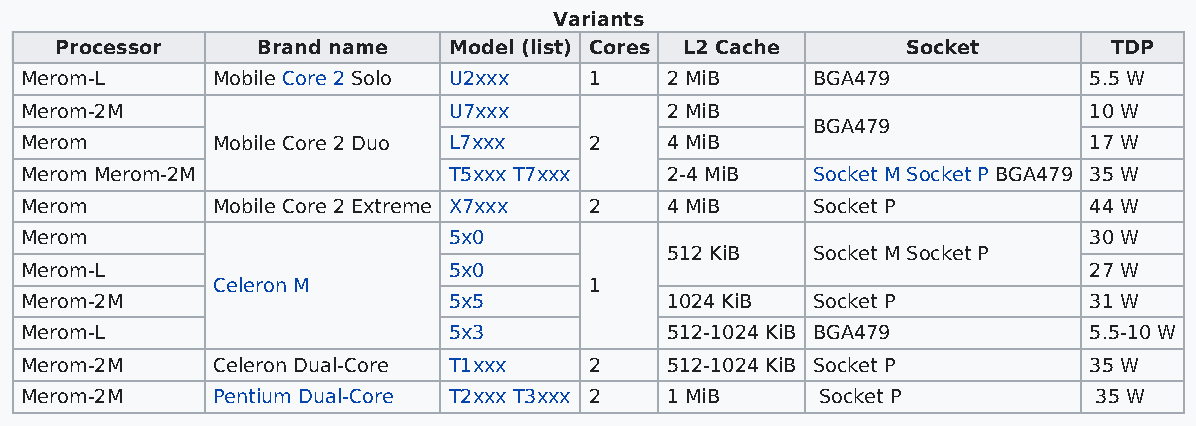
Variants
 Processor    Brand name   Model (list) Cores L2 Cache   Socket        TDP
 Merom-L      Mobile Core 2 Solo U2xxx 1    2 MiB     BGA479            5.5 W
 Merom-2M                     U7xxx         2 MiB                       10 W
 BGA479
 Merom        Mobile Core 2 Duo L7xxx  2    4 MiB                       17 W
 Merom Merom-2M               T5xxx T7xxx   2-4 MiB   Socket M Socket P BGA479 35 W
 Merom        Mobile Core 2 Extreme X7xxx 2 4 MiB     Socket P          44 W
 Merom                        5x0                                       30 W
 512 KiB   Socket M Socket P
 Merom-L                      5x0                                       27 W
 Celeron M                1
 Merom-2M                     5x5           1024 KiB  Socket P          31 W
 Merom-L                      5x3           512-1024 KiB BGA479         5.5-10 W
 Merom-2M     Celeron Dual-Core T1xxx  2    512-1024 KiB Socket P       35 W
 Merom-2M     Pentium Dual-Core T2xxx T3xxx 2 1 MiB   Socket P           35 W